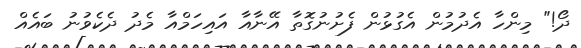
ދޯ!" މިންހާ އެދުމުން އެގުޅުން ފެށުނުގޮތާ އޭނާއާ އައިހަމްއާ މެދު ދެކެވުނު ބައެއް